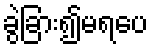
ခွဲခြား၍မရပေ